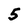
Character: 5